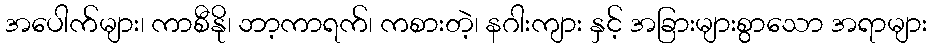
အပေါက်များ၊ ကာစီနို၊ ဘာ့ကာရက်၊ ကစားတဲ့၊ နဂါးကျား နှင့် အခြားများစွာသော အရာများ